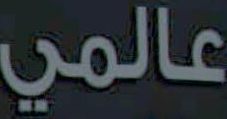
عالمي